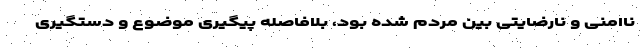
ناامنی و نارضایتی بین مردم شده بود، بلافاصله پیگیری موضوع و دستگیری